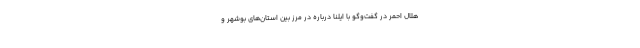
هلال احمر در گفت‌وگو با ایلنا درباره در مرز بین استان‌های بوشهر و